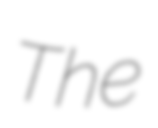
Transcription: The